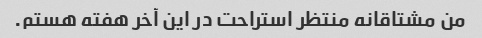
من مشتاقانه منتظر استراحت در این آخر هفته هستم.